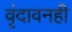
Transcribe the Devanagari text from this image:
वृंदावनही